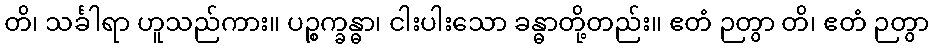
တိ၊ သင်္ခါရာ ဟူသည်ကား။ ပဉ္စက္ခန္ဓာ၊ ငါးပါးသော ခန္ဓာတို့တည်း။ ဧတံ ဉတွာ တိ၊ ဧတံ ဉတွာ